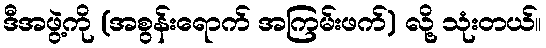
ဒီအဖွဲ့ကို (အစွန်းရောက် အကြမ်းဖက်) လို့ သုံးတယ်။